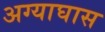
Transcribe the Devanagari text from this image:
अग्याघास